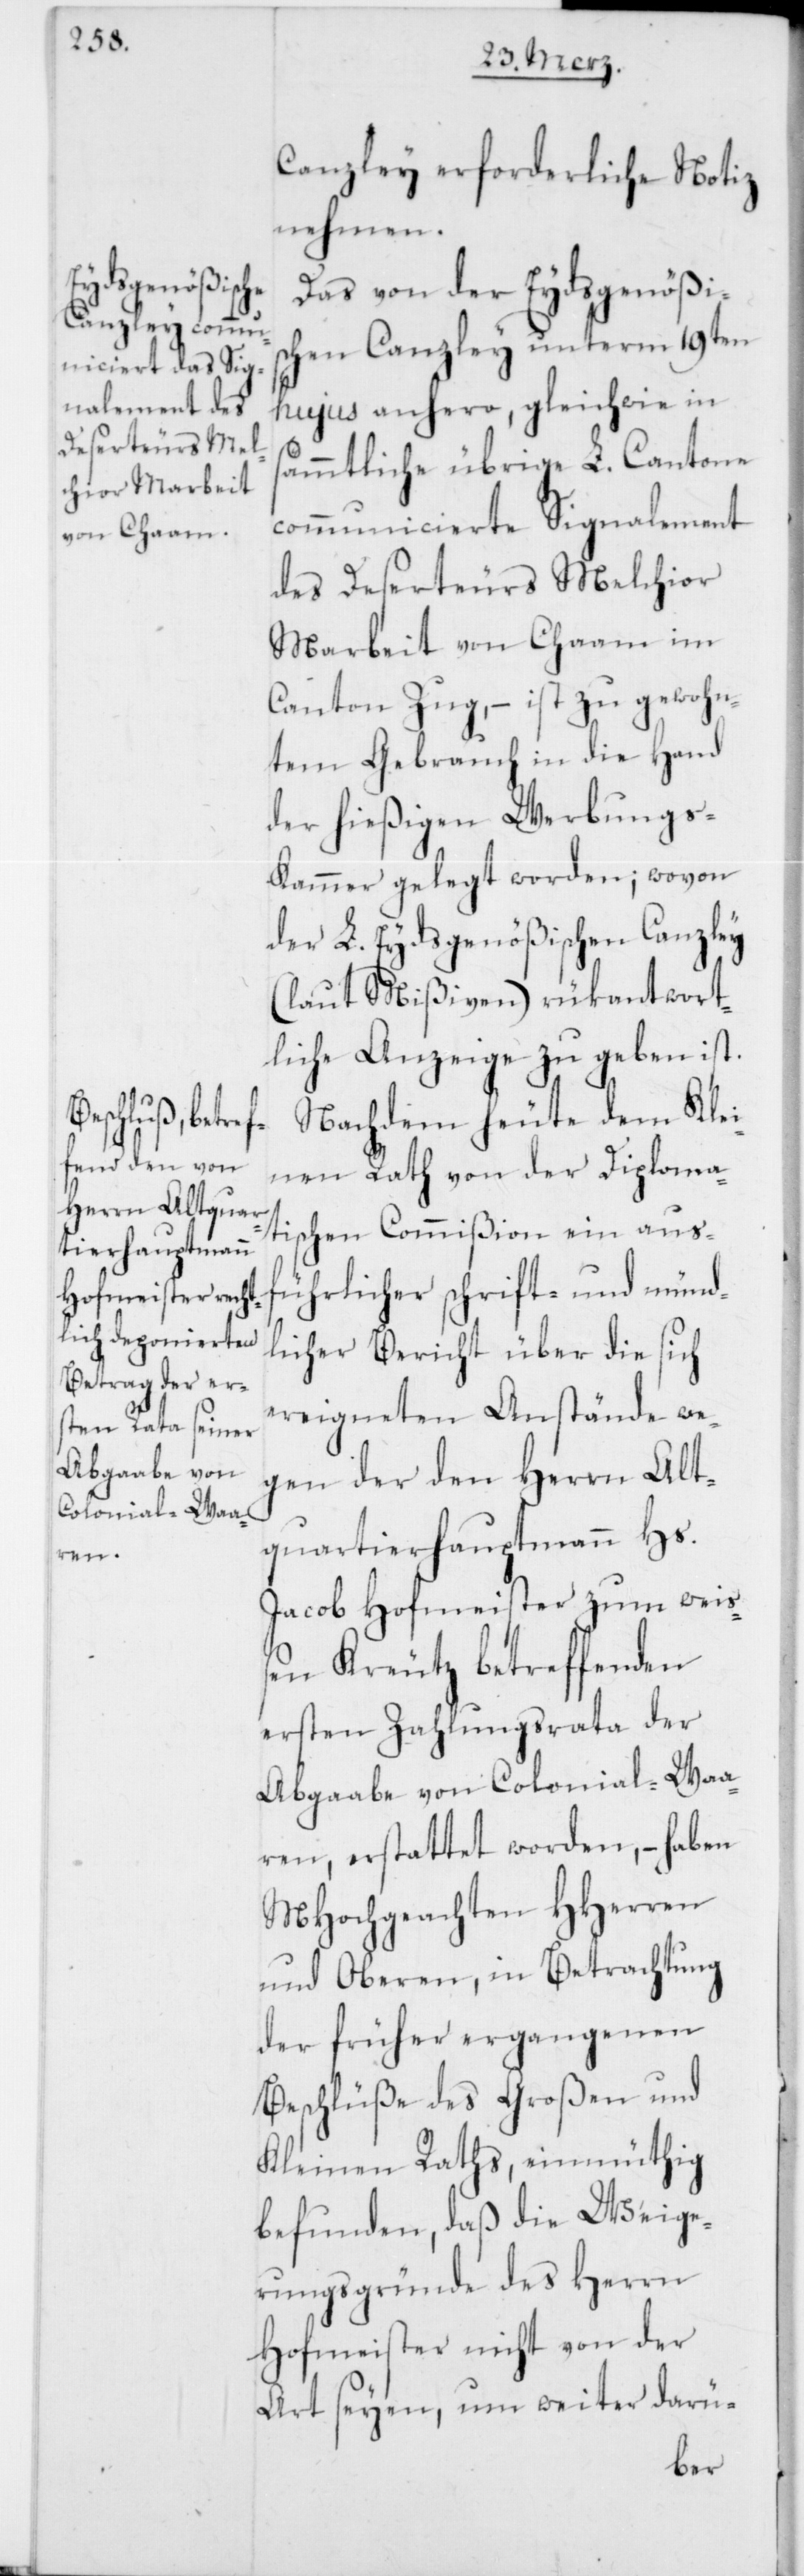
Canzley erforderliche Notiz
nehmen.
Das von der Eydsgenößis¬
chen Canzley unterm 19ten
hujus anhero, gleichwie in
sämmtliche übrige L. Cantone
communicierte Signalement
des Deserteurs Melchior
Marbeit von Chaam im
Canton Zug, – ist zu gewohn¬
tem Gebrauch in die Hand
der hießigen Werbungs¬
kammer gelegt worden; wovon
der L. Eydsgenößischen Canzley
(laut Mißiven) rükantwort¬
liche Anzeige zu geben ist.
Nachdem heute dem Klei¬
nen Rath von der Diploma¬
tischen Commißion ein aus¬
führlicher schrift- und münd¬
licher Bericht über die sich
ereigneten Anstände we¬
gen der den Herrn Alt¬
quartierhauptmann Hs.
Jacob Hofmeister zum weiß¬
en Kreutz betreffenden
ersten Zahlungsrata der
Abgaabe von Colonial-Waa¬
ren, erstattet worden, – haben
MHochgeachten HHerren
und Oberen, in Betrachtung
der früher ergangenen
Beschlüße des Großen und
Kleinen Raths, einmüthig
befunden, daß die Weige¬
rungsgründe des Herrn
Hofmeister nicht von der
Art seyen, um weiter darü-